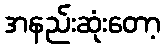
အနည်းဆုံးတော့